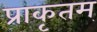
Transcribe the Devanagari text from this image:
प्राकृतम्